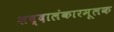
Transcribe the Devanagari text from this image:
शब्दालंकारमूलक